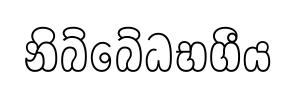
නිබ්බේධභගීය